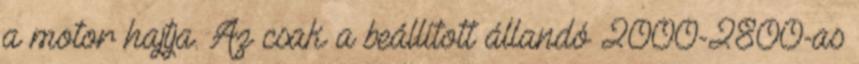
a motor hajtja. Az csak a beállított állandó 2000-2800-as